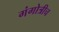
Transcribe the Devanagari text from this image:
गंगोत्रीच